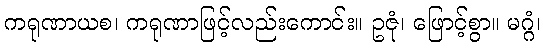
ကရုဏာယစ၊ ကရုဏာဖြင့်လည်းကောင်း။ ဥဇုံ၊ ဖြောင့်စွာ။ မဂ္ဂံ၊